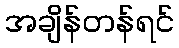
အချိန်တန်ရင်